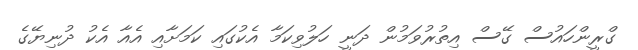
ގްރީންހައުސް ގޭސް އިތުރުވަމުން ދަނީ ހަލުވިކަމާ އެކުގައި ކަމަށާއި އެއާ އެކު ދުނިޔޭގެ